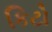
કિટો